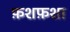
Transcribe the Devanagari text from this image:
फ़शफ़शा